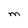
Character: M